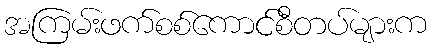
အကြမ်းဖက်စစ်ကောင်စီတပ်များက